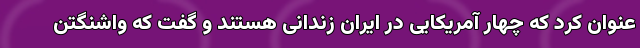
عنوان کرد که چهار آمریکایی در ایران زندانی هستند و گفت که واشنگتن